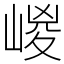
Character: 嵕